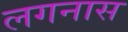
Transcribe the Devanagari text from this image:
लगनास